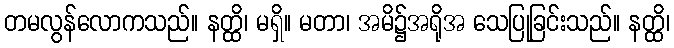
တမလွန်လောကသည်။ နတ္ထိ၊ မရှိ။ မတာ၊ အမိ၌အရိုအ သေပြုခြင်းသည်။ နတ္ထိ၊